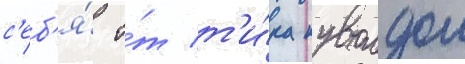
с'еб'я́ о́т т'и́ка кувалдои